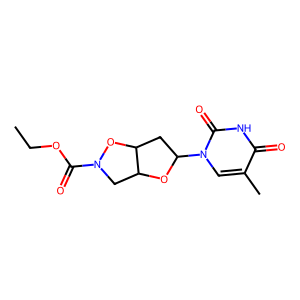
SMILES: CCOC(=O)N1CC2OC(n3cc(C)c(=O)[nH]c3=O)CC2O1
Inhibits HIV replication: No